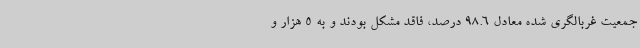
جمعیت غربالگری شده معادل 98.6 درصد، فاقد مشکل بودند و به 5 هزار و